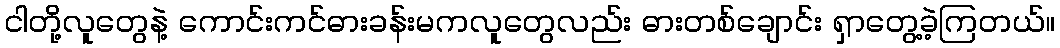
ငါတို့လူတွေနဲ့ ကောင်းကင်ဓားခန်းမကလူတွေလည်း ဓားတစ်ချောင်း ရှာတွေ့ခဲ့ကြတယ်။